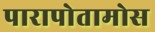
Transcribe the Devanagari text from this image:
पारापोतामोस